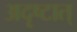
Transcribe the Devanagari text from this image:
अदृष्टात्